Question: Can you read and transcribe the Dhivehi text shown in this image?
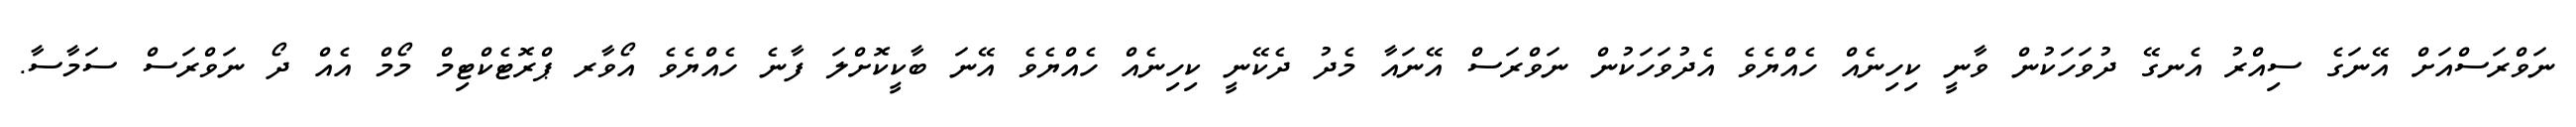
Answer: ނަވްރަސްއަށް އޭނަގެ ސިއްރު އެނގޭ ދުވަހަކުން ވާނީ ކިހިނެއް ހެއްޔެވެ އެދުވަހަކުން ނަވްރަސް އޭނައާ މެދު ދެކޭނީ ކިހިނެއް ހެއްޔެވެ އޭނަ ބާކީކޮށްލަ ފާނެ ހެއްޔެވެ އޯވާރ ޕްރޮޓެކްޓިމް މޯމް އެއް ދޯ ނަވްރަސް ސަމާސާ.